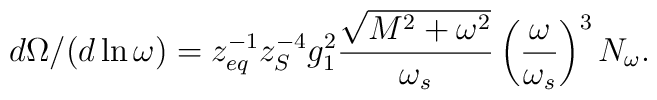
d\Omega/(d\ln\omega)=z_{eq}^{-1}z_S^{-4}g_1^2\frac{\sqrt{M^2+\omega^2}}{\omega_s}\left(\frac{\omega}{\omega_s}\right)^3 N_\omega.